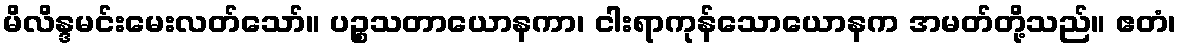
မိလိန္ဒမင်းမေးလတ်သော်။ ပဉ္စသတာယောနကာ၊ ငါးရာကုန်သောယောနက အမတ်တို့သည်။ ဧတံ၊